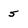
Character: 5